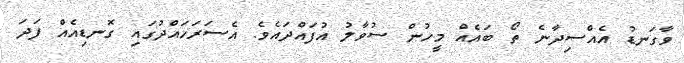
ވާގަނޑު އެއްސިދާނެ ތޯ ބައެއް މީހުން ސުވާލު އުފައްދައެވެ. އެސަރަހައްދުގައި ގޮނޑިއެއް ފަދަ